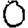
Digit: 0